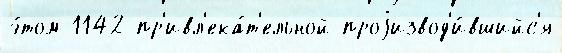
э́том 1142 пр'ивл'ека́т'ельной проjизвод'и́вшийс'я